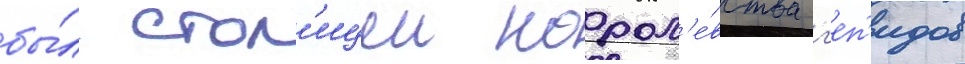
бы́л стол'ицеи корол'е́вства г'еп'идов